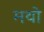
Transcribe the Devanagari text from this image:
मथो